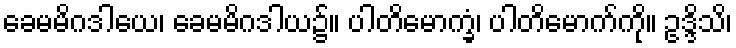
ခေမမိဂဒါယေ၊ ခေမမိဂဒါယ၌။ ပါတိမောက္ခံ၊ ပါတိမောက်ကို။ ဥဒ္ဒိသိ၊